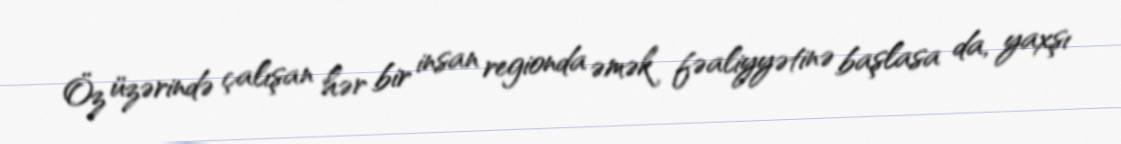
Öz üzərində çalışan hər bir insan regionda əmək fəaliyyətinə başlasa da, yaxşı